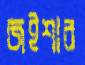
জইশার